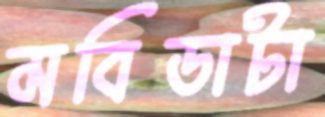
মবিডাটা